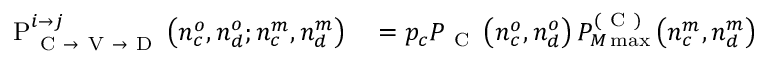
\begin{array} { r l } { \mathrm { P } _ { \mathrm { ~ C ~ } \rightarrow \mathrm { ~ V ~ } \rightarrow \mathrm { ~ D ~ } } ^ { i \rightarrow j } \left( n _ { c } ^ { o } , n _ { d } ^ { o } ; n _ { c } ^ { m } , n _ { d } ^ { m } \right) } & { { } = p _ { c } P _ { \mathrm { ~ C ~ } } \left( n _ { c } ^ { o } , n _ { d } ^ { o } \right) P _ { M \operatorname* { m a x } } ^ { ( \mathrm { ~ C ~ } ) } \left( n _ { c } ^ { m } , n _ { d } ^ { m } \right) } \end{array}